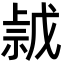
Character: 𢧡